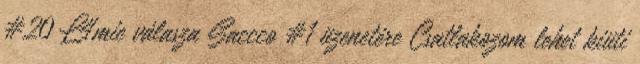
#20 L4mie válasza Saccco #1 üzenetére Csatlakozom lehet kiüti